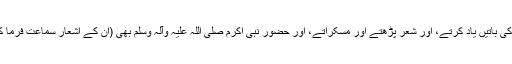
وہ لوگ زمانہ جاہلیت کی باتیں یاد کرتے، اور شعر پڑھتے اور مسکراتے، اور حضور نبی اکرم صلی اللہ علیہ وآلہ وسلم بھی (ان کے اشعار سماعت فرما کر) تبسم ریز ہو جاتے۔